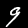
Label: 9